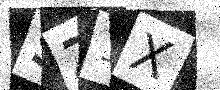
Text: SZ1X